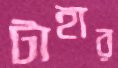
টাহার